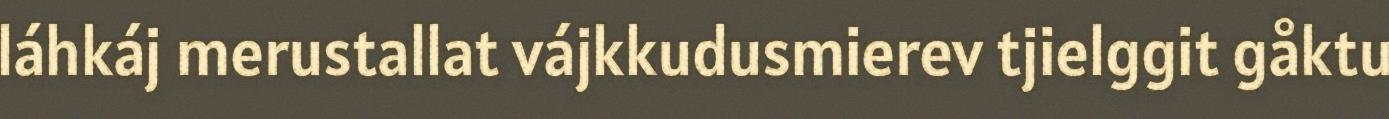
láhkáj merustallat vájkkudusmierev tjielggit gåktu